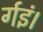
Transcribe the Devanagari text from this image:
र्गइं।